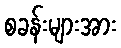
စခန်းများအား